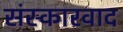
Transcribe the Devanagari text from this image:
संस्कारवाद